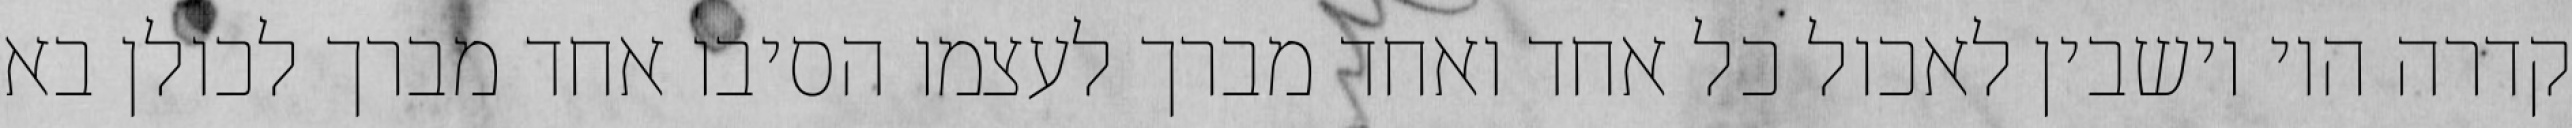
קדרה היו יושבין לאכול כל אחד ואחד מברך לעצמו הסיבו אחד מברך לכולן בא